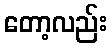
တော့လည်း